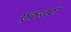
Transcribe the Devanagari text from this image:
एकजटा